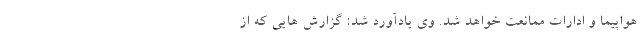
هواپیما و ادارات ممانعت خواهد شد. وی یادآورد شد: گزارش هایی که از